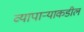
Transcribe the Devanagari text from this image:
व्यापाऱ्याकडील